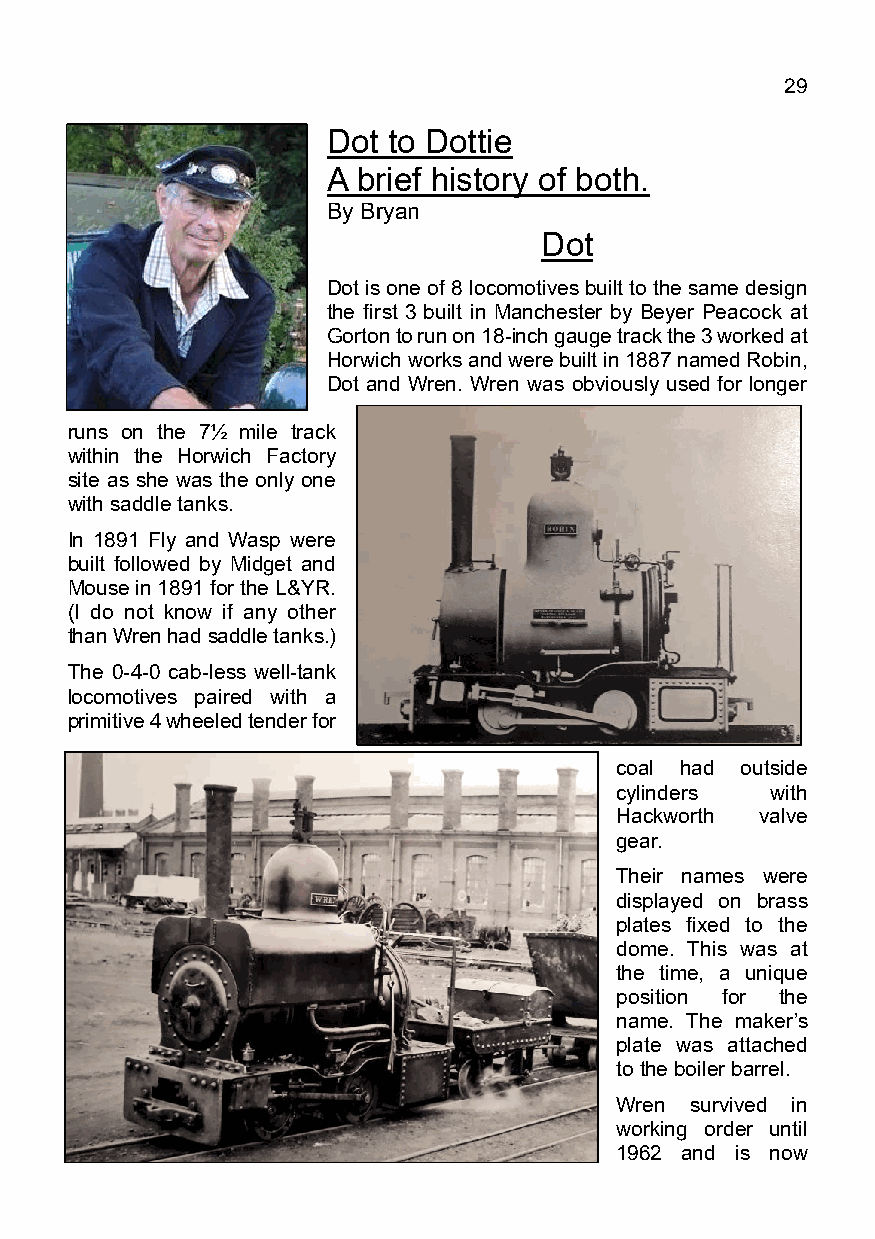
March 2021                                  Page 29
 Dot to Dottie
 A brief history of both.
 By Bryan Luxford.
 Dot
 Dot is one of 8 locomotives built to the same design
 the first 3 built in Manchester by Beyer Peacock at
 Gorton to run on 18-inch gauge track the 3 worked at
 Horwich works and were built in 1887 named Robin,
 Dot and Wren. Wren was obviously used for longer
 runs on the 7½ mile track
 within the Horwich Factory
 site as she was the only one
 with saddle tanks.
 In 1891 Fly and Wasp were
 built followed by Midget and
 Mouse in 1891 for the L&YR.
 (I do not know if any other
 than Wren had saddle tanks.)
 The 0-4-0 cab-less well-tank
 locomotives paired with a
 primitive 4 wheeled tender for
 coal had outside
 cylinders with
 Hackworth valve
 gear.
 Their names were
 displayed on brass
 plates fixed to the
 dome. This was at
 the time, a unique
 position for the
 name. The maker’s
 plate was attached
 to the boiler barrel.
 Wren survived in
 working order until
 1962 and is now